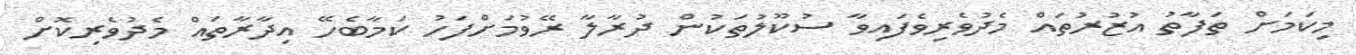
މިކަމަށް ތަފާތު އުޒުރުތައް މެދުވެރިވެފައިވާ ސުކޫލުތަކުން ދުރާލާ ރޭވުމަށްފަހު ކަމާބެހޭ އިދާރާތައް މެދުވެރިކޮށް